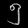
Digit: ၅